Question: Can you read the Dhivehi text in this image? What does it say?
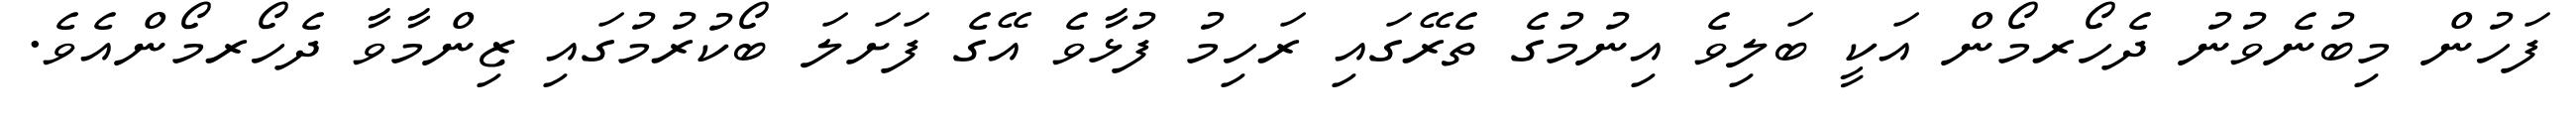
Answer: ފަހުން މިބުނެވުނު ދެހޯރމޯން އަކީ ބަލިވެ އިނުމުގެ ތެރޭގައި ރަހިމު ފުޅާވެ އޭގެ ފަށަލަ ބޯކުރުމުގައި ޒިންމާވާ ދެހޯރމޯންއެވެ.